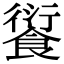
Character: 𩜾